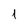
Character: 1